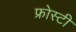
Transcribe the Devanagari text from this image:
फ्रोस्टी